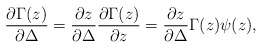
\begin{align*}{\partial \Gamma(z) \over \partial \Delta} ={\partial z \over \partial \Delta} {\partial \Gamma(z) \over \partial z}= {\partial z \over \partial \Delta} \Gamma(z) \psi(z),\end{align*}